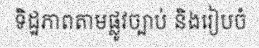
ទិដ្ឋភាពតាមផ្លូវច្បាប់ និងរៀបចំ